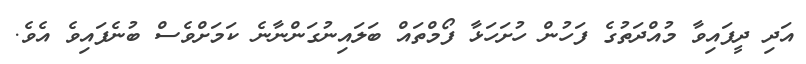
އަދި ދީފައިވާ މުއްދަތުގެ ފަހުން ހުށަހަޅާ ފޯމްތައް ބަލައިނުގަންނާނެ ކަމަށްވެސް ބުނެފައިވެ އެވެ.